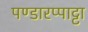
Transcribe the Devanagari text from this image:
पण्डारप्पाट्टा